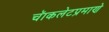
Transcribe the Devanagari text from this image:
चॅाकलेटप्रमाणे